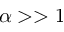
\alpha > > 1